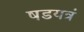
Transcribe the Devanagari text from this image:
षडयत्रं